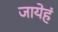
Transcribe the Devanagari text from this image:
जायेहं